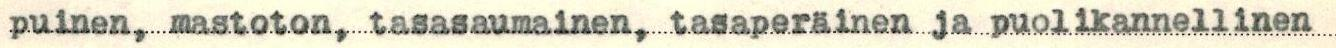
puinen, mastoton, tasasaumainen, tasaperäinen ja puolikannellinen